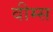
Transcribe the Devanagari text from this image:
वीम्स